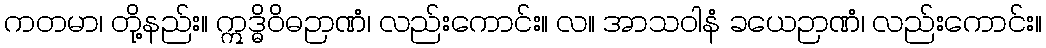
ကတမာ၊ တို့နည်း။ ဣဒ္ဓိဝိဓဉာဏံ၊ လည်းကောင်း။ လ။ အာသဝါနံ ခယေဉာဏံ၊ လည်းကောင်း။